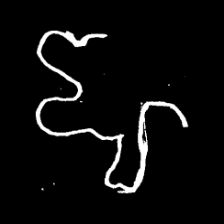
Pyu character \u2014 Myanmar letter: ဈ (romanized: jha)